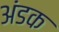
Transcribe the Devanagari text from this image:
अंडक